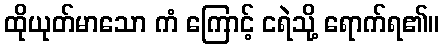
ထိုယုတ်မာသော ကံ ကြောင့် ငရဲသို့ ရောက်ရ၏။